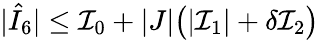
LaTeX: |\hat{I}_{6}|\le\mathcal{I}_{0}+|J|\bigl(|\mathcal{I}_{1}|+\delta\mathcal{I}_{2}\bigr)